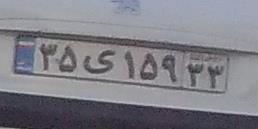
۲۷م۱۱۵۲۲